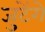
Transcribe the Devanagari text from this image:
जुटेंगे